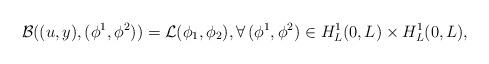
LaTeX: \begin{align*}\mathcal{B}((u,y),(\phi^1,\phi^2))=\mathcal{L}(\phi_1,\phi_2), \forall\, (\phi^1,\phi^2)\in H_L^1(0,L)\times H_L^1(0,L),\end{align*}